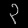
Digit: ၃